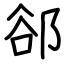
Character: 郤